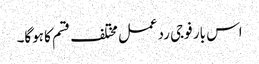
اس بار فوجی ردعمل مختلف قسم کا ہوگا۔